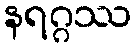
နရဂ္ဂဿ